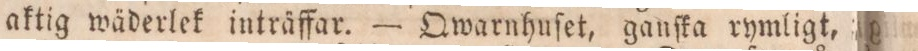
aktig wäderlek inträffar. — Qwarnhuſet, ganſka rymligt,